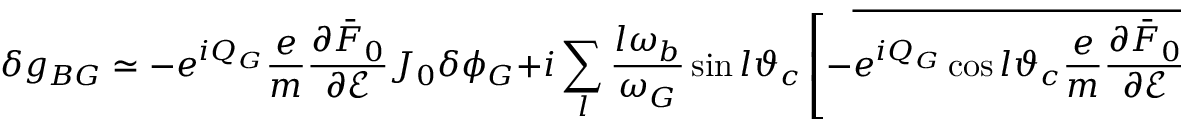
\delta g _ { B G } \simeq - e ^ { i Q _ { G } } \frac { e } { m } \frac { \partial \bar { F } _ { 0 } } { \partial \mathcal { E } } J _ { 0 } \delta \phi _ { G } + i \sum _ { l } \frac { l \omega _ { b } } { \omega _ { G } } \sin l \vartheta _ { c } \left[ - \overline { { e ^ { i Q _ { G } } \cos l \vartheta _ { c } \frac { e } { m } \frac { \partial \bar { F } _ { 0 } } { \partial \mathcal { E } } J _ { 0 } } } \right] \left[ \delta \phi _ { G } \right] _ { \psi } \; ,